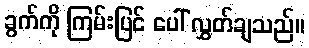
ခွက်ကို ကြမ်းပြင် ပေါ် လွှတ်ချသည်။